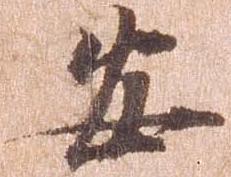
安